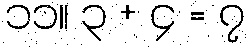
၁၁။ ၃ + ၄ = ၇